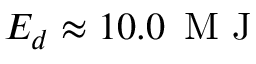
E _ { d } \approx 1 0 . 0 \, \mathrm { ~ M ~ J ~ }